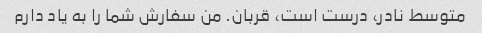
متوسط ​​نادر، درست است، قربان. من سفارش شما را به یاد دارم